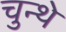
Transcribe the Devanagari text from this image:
चुन्थे